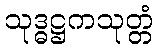
သုဒ္ဓဋ္ဌကသုတ္တံ